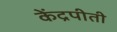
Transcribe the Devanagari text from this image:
केंद्रपीती